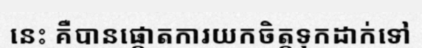
នេះ គឺបានផ្តោតការយកចិត្តទុកដាក់ទៅ